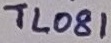
Text: TL081